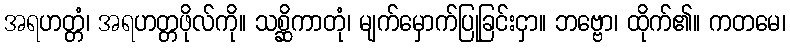
အရဟတ္တံ၊ အရဟတ္တဖိုလ်ကို။ သစ္ဆိကာတုံ၊ မျက်မှောက်ပြုခြင်းငှာ။ ဘဗ္ဗော၊ ထိုက်၏။ ကတမေ၊